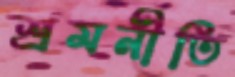
শ্রমনীতি